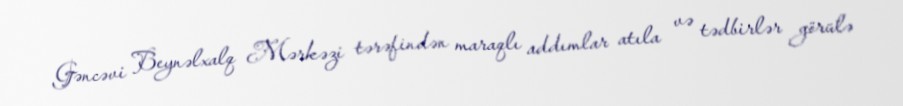
Gəncəvi Beynəlxalq Mərkəzi tərəfindən maraqlı addımlar atıla və tədbirlər görülə